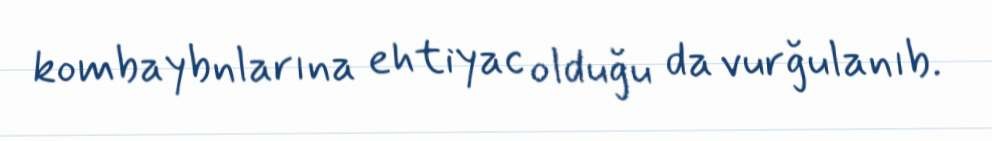
kombaybnlarına ehtiyac olduğu da vurğulanıb.